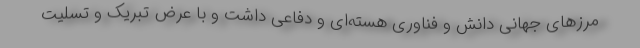
مرزهای جهانی دانش و فناوری هسته‌ای و دفاعی داشت و با عرض تبریک و تسلیت